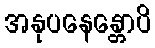
အနုပနေန္တောပိ